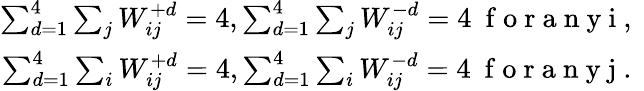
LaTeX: \begin{array}{r}{\sum_{d=1}^{4}\sum_{j}W_{ij}^{+d}=4,\sum_{d=1}^{4}\sum_{j}W_{ij}^{-d}=4\ \mathrm{~f~o~r~a~n~y~i~,~}}\\ {\sum_{d=1}^{4}\sum_{i}W_{ij}^{+d}=4,\sum_{d=1}^{4}\sum_{i}W_{ij}^{-d}=4\ \mathrm{~f~o~r~a~n~y~j~.~}}\end{array}